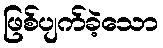
ဖြစ်ပျက်ခဲ့သော